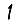
Digit: 1